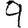
Digit: 9